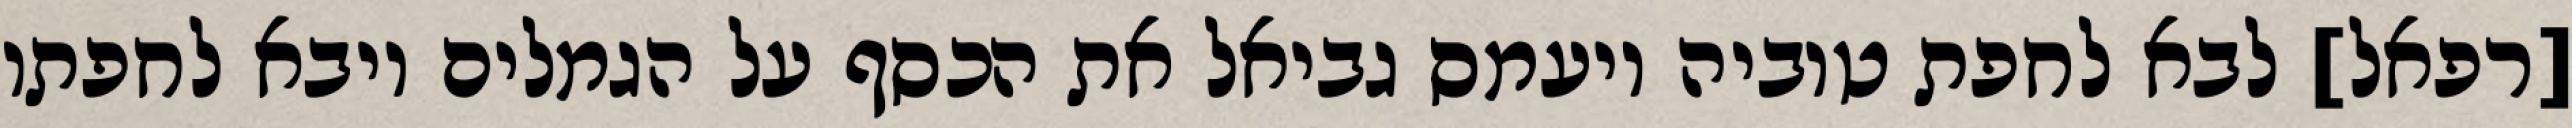
[רפאל] לבא לחפת טוביה ויעמס גביאל את הכסף על הגמלים ויבא לחפתו